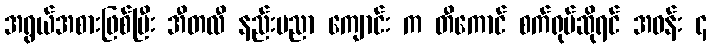
အရွယ်အစားဖြစ်ပြီး အီတလီ နည်းပညာ ကျောင်း က တီကောင် စက်ရုပ်ဆိုရင် အဝန်း ၄